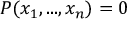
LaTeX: P ( x _ { 1 } , . . . , x _ { n } ) = 0